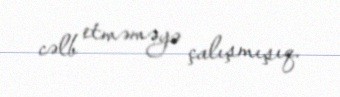
cəlb etməməyə çalışmışıq.